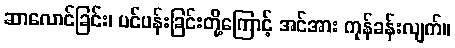
ဆာလောင်ခြင်း၊ ပင်ပန်းခြင်းတို့ကြောင့် အင်အား ကုန်ခန်းလျက်။